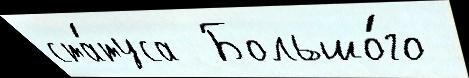
ста́туса  Большо́го